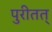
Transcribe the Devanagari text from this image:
पुरीतत्